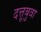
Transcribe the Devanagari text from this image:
दत्तूबुवा